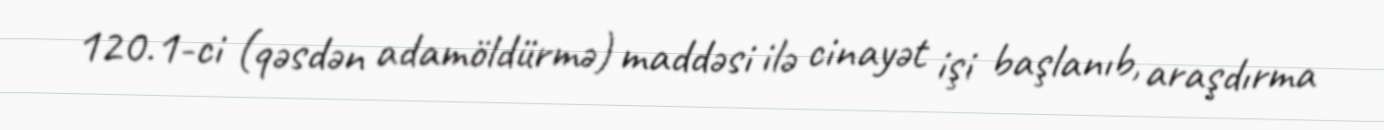
120.1-ci (qəsdən adamöldürmə) maddəsi ilə cinayət işi başlanıb, araşdırma